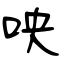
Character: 咉